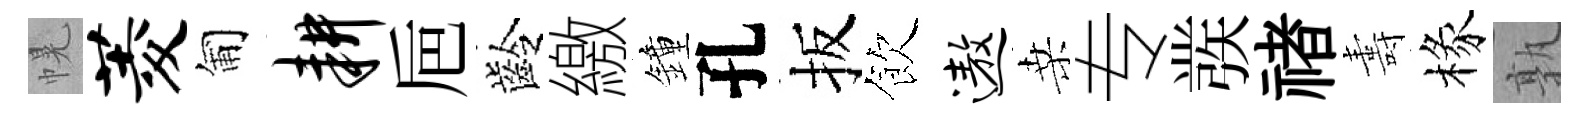
幌菱匍耕巵齡繳鐘孔扳飲遨桑专彂禇夀椽孰